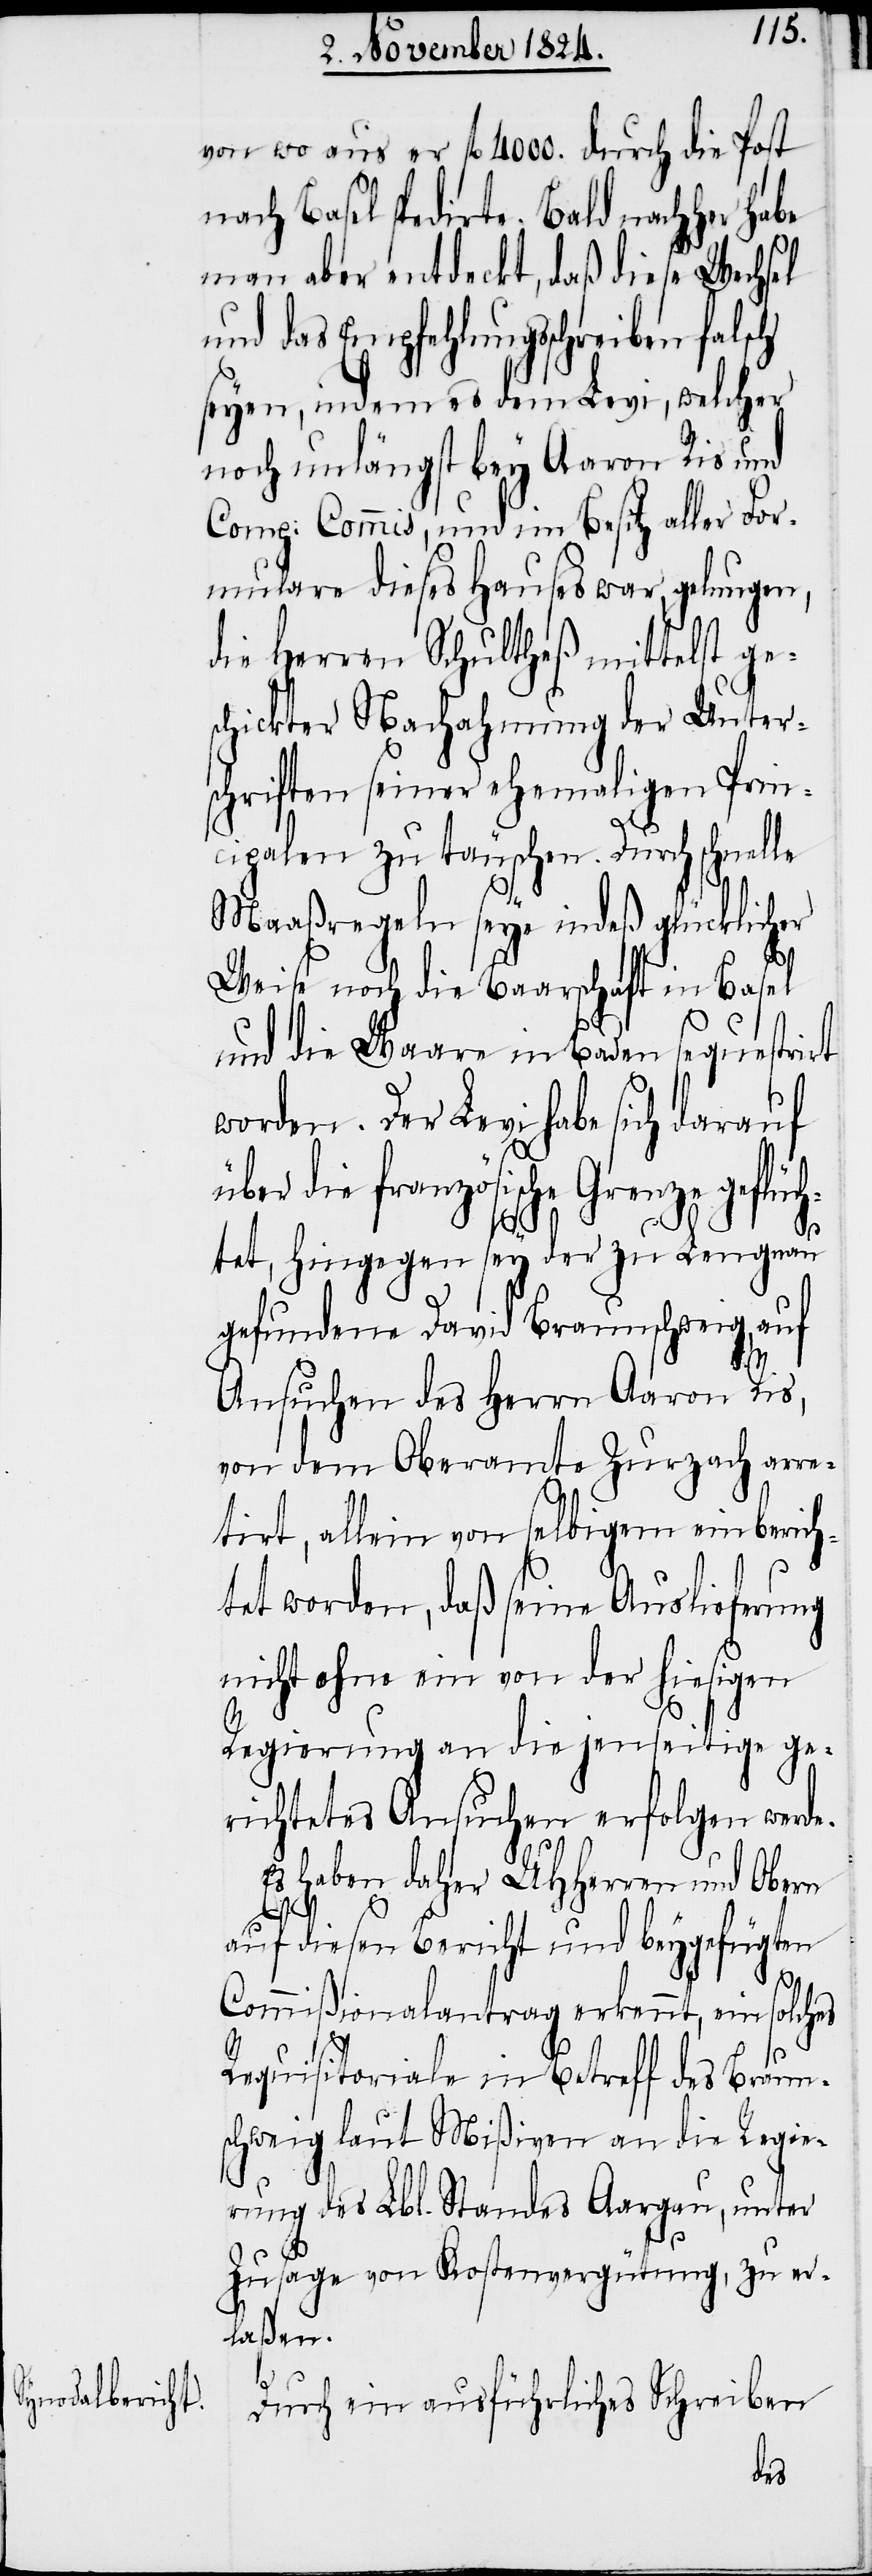
von wo aus er fl 4000. durch die Post
nach Basel spedirte. Bald nachher habe
man aber entdeckt, daß diese Wechsel
und das Empfehlungsschreiben falsch
seyen, indem es dem Levi, welcher
noch unlängst bey Aaron Ris und
Comp: Commis, und im Besitz aller For¬
mulare dieses Hauses war, gelungen,
die Herren Schultheß mittelst ge¬
chickter Nachahmung der Unter¬
schriften seiner ehemaligen Prin¬
cipalen zu täuschen. Durch schnel¬
Maaßregeln seye indeß glücklicher
Weise noch die Baarschaft in Basel
und die Waare in Baden sequestrirt
worden. Der Levi habe sich darauf
die französische Grenze geflüc¬
htet, hingegen sey der zu Lengnau
gefundene David Braunschweig, auf
Ansuchen des Herrn Aaron Ris,
von dem Oberamte Zurzach arre¬
tirt, allein von selbigem einberich¬
tet worden, daß seine Auslieferung
nicht ohne ein von der hiesigen
Regierung an die jenseitige ge¬
richtetes Ansuchen erfolgen werde.
Es haben daher UHHerren und Obern
le
auf diesen Bericht und beygefügten
Commißionalantrag erkennt, ein solches
Requisitoriale in Betreff des Braun¬
schweig laut Mißiven an die Regie¬
rung des Lbl. Standes Aargau, unter
Zusage von Kostenvergütung, zu er¬
laßen.
s¬
Durch ein ausführliches Schreiben